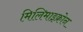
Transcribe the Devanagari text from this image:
मिलिमाइक्रोन